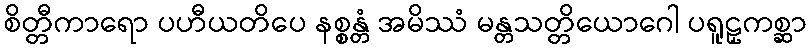
စိတ္တီကာရော ပဟီယတိပေ နစ္စန္တံ အမိဿံ မန္တသတ္တိယောဂေါ ပရူဠှကစ္ဆာ